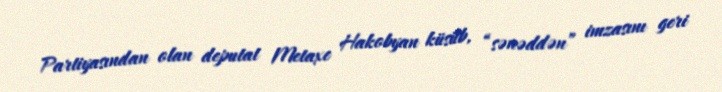
Partiyasından olan deputat Metaxe Hakobyan küsüb, “sənəddən” imzasını geri